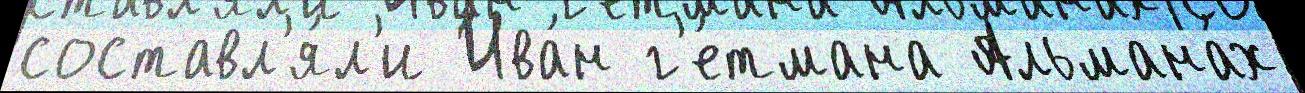
составл'я́л'и Ива́н г'е́тмана Альмана́х